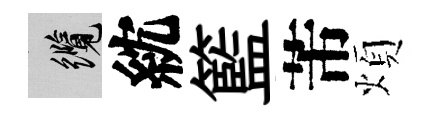
纜紞籃芾煩